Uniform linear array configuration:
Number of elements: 8
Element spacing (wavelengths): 0.25
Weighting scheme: exponential
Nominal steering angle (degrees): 0
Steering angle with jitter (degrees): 1.304
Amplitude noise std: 0.05
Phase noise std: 0.05

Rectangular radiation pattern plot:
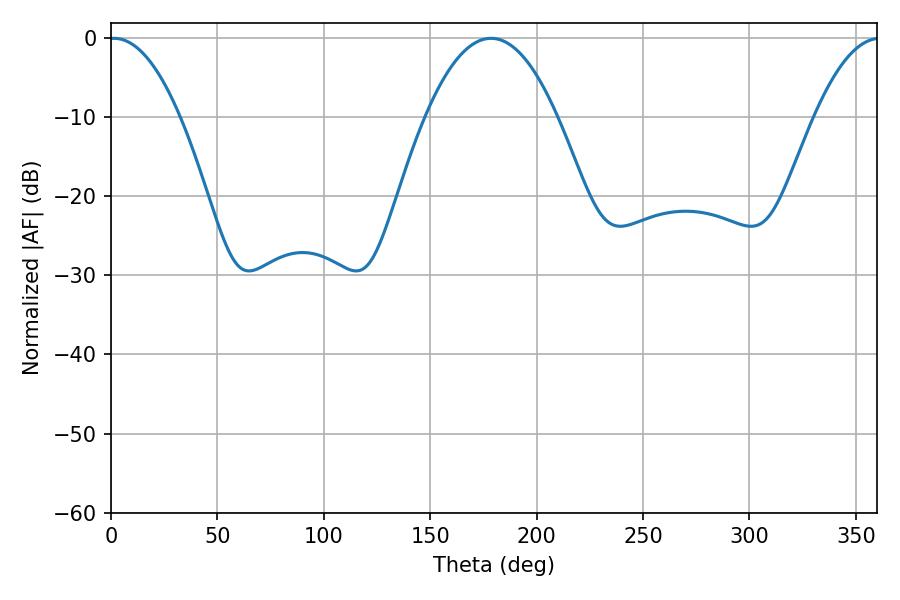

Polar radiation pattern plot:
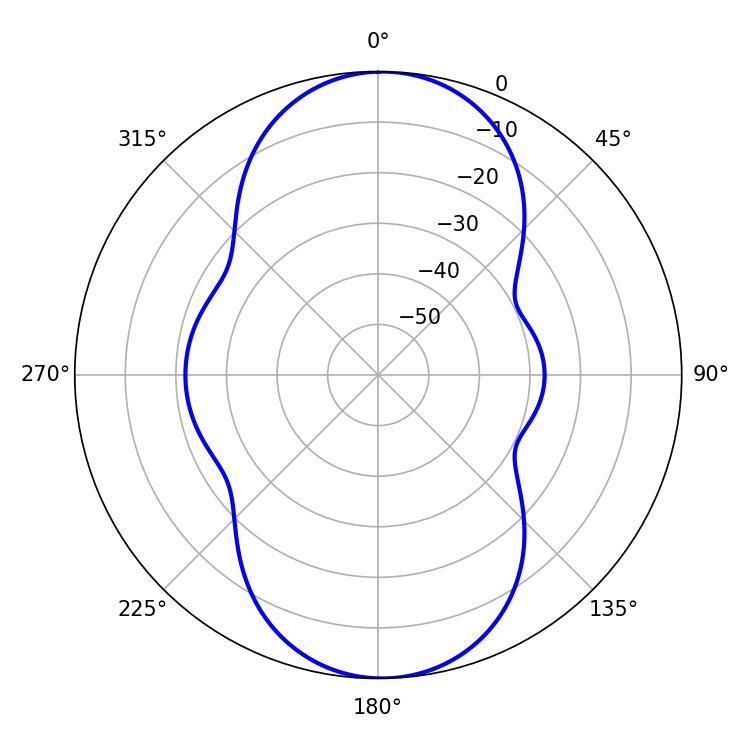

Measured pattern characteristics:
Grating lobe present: FALSE
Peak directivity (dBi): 19.322
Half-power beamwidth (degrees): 18.54
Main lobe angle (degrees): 1.44